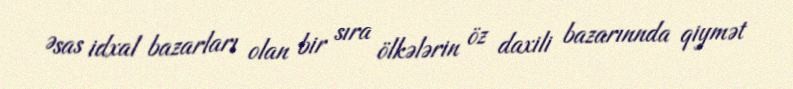
Əsas idxal bazarları olan bir sıra ölkələrin öz daxili bazarınnda qiymət